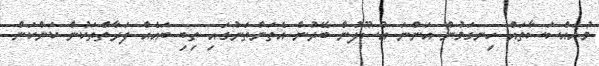
މުއައްސަސާތައް ހިނގަމުން އަންނަ އުސޫލުން ބޭރުން އެތަންތަނުގައި ތިބި ބައެއް ފަރާތްތަކުން ކަންކަން